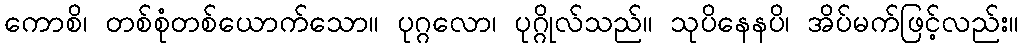
ကောစိ၊ တစ်စုံတစ်ယောက်သော။ ပုဂ္ဂလော၊ ပုဂ္ဂိုလ်သည်။ သုပိနေနပိ၊ အိပ်မက်ဖြင့်လည်း။